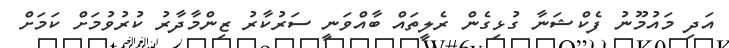
އަދި މައުމޫނު ފެކްޝަނާ ގުޅިގެން ރެލީތައް ބާއްވަނީ ސަރުކާރު ޒިންމާދާރު ކުރުވުމަށް ކަމަށް